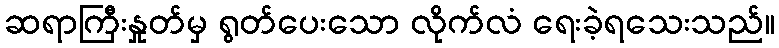
ဆရာကြီးနှုတ်မှ ရွတ်ပေးသော လိုက်လံ ရေးခဲ့ရသေးသည်။